Civil Veterinary Dept. Bombay admin report 1893-99 - 1893-1899
Year: 1893
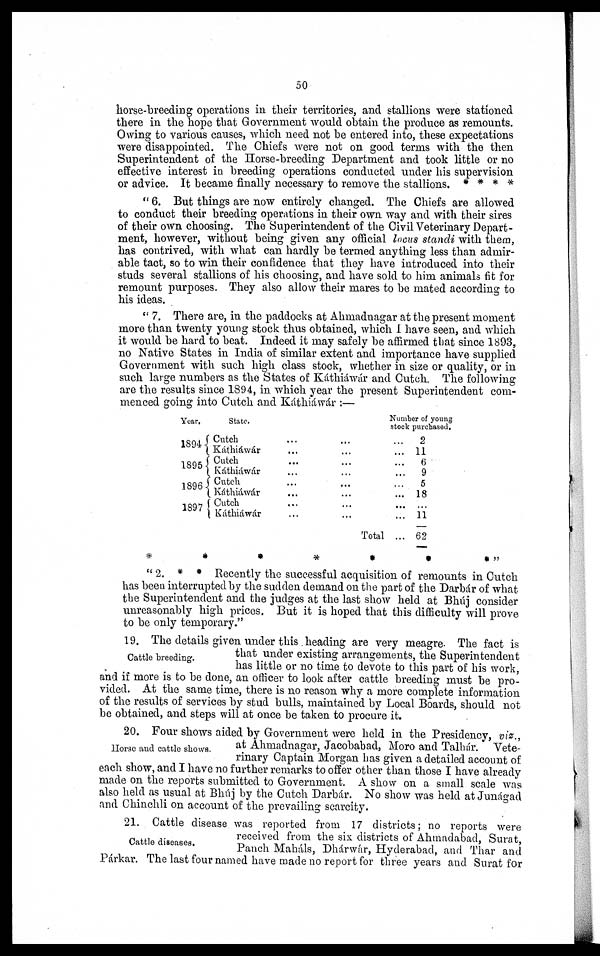
50
horse-breeding operations in their territories, and stallions were stationed
there in the hope that Government would obtain the produce as remounts.
Owing to various causes, which need not be entered into, these expectations
were disappointed. The Chiefs were not on good terms with the then
Superintendent of the Horse-breeding Department and took little or no
effective interest in breeding operations conducted under his supervision
or advice. It became finally necessary to remove the stallions. * * * *
"6. But things are now entirely changed. The Chiefs are allowed
to conduct their breeding operations in their own way and with their sires
of their own choosing. The Superintendent of the Civil Veterinary Depart-
ment, however, without being given any official locus standi with them,
has contrived, with what can hardly be termed anything less than admir-
able tact, so to win their confidence that they have introduced into their
studs several stallions of his choosing, and have sold to him animals fit for
remount purposes. They also allow their mares to be mated according to
his ideas.
"7. There are, in the paddocks at Ahmadnagar at the present moment
more than twenty young stock thus obtained, which I have seen, and which
it would be hard to beat. Indeed it may safely be affirmed that since 1893,
no Native States in India of similar extent and importance have supplied
Government with such high class stock, whether in size or quality, or in
such large numbers as the States of Káthiáwár and Cutch. The following
are the results since 1894, in which year the present Superintendent com-
menced going into Cutch and Káthiáwár:—
Year.
1894
1895
1896
1897
State.
Cutch
...
... ...
Káthiáwár ... ... ...
Cutch ... ... ...
Káthiáwár ... ...
Cutch
...
... ...
Káthiáwár ... ...
Cutch
...
... ...
Káthiáwár ... ... ...
Total
Number of young
stock purchased.
2
11
6
9
5
18
11
...
62
*
*
*
*
*
*
* "
"2. * * Recently the successful acquisition of remounts in Cutch
has been interrupted by the sudden demand on the part of the Darbár of what
the Superintendent and the judges at the last show held at Bhúj consider
unreasonably high prices. But it is hoped that this difficulty will prove
to be only temporary."
Cattle breeding.
19. The details given under this heading are very meagre. The fact is
that under existing arrangements, the Superintendent
has little or no time to devote to this part of his work,
and if more is to be done, an officer to look after cattle breeding must be pro-
vided. At the same time, there is no reason why a more complete information
of the results of services by stud bulls, maintained by Local Boards, should not
be obtained, and steps will at once be taken to procure it.
Horse and cattle shows.
20. Four shows aided by Government were held in the Presidency, viz.,
at Ahmadnagar, Jacobabad, Moro and Talhár. Vete-
rinary Captain Morgan has given a detailed account of
each show, and I have no further remarks to offer other than those I have already
made on the reports submitted to Government. A show on a small scale was
also held as usual at Bhúj by the Cutch Darbár. No show was held at Junágad
and Chinchli on account of the prevailing scarcity.
Cattle diseases.
21. Cattle disease was reported from 17 districts; no reports were
received from the six districts of Ahmadabad, Surat,
Panch Maháls, Dhárwár, Hyderabad, and Thar and
Párkar. The last four named have made no report for three years and Surat for